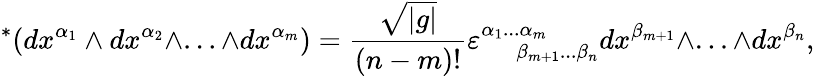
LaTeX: {}^{*}(dx^{\alpha_{1}}\wedge dx^{\alpha_{2}}\wedge...\wedge dx^{\alpha_{m}})=\frac{\sqrt{|g|}}{(n-m)!}\varepsilon_{\ \ \ \ \ \ \ \beta_{m+1}...\beta_{n}}^{\alpha_{1}...\alpha_{m}}dx^{\beta_{m+1}}\wedge...\wedge dx^{\beta_{n}},